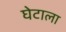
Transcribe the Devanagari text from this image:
घेटाला